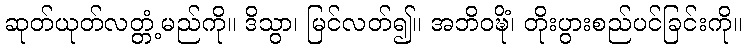
ဆုတ်ယုတ်လတ္တံ့မည်ကို။ ဒိသွာ၊ မြင်လတ်၍။ အဘိဝဍ္ဎိံ၊ တိုးပွားစည်ပင်ခြင်းကို။